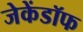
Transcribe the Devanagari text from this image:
जेकेंडॉफ